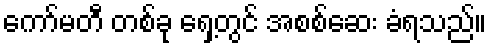
ကော်မတီ တစ်ခု ရှေ့တွင် အစစ်ဆေး ခံရသည်။